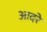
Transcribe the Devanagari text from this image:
आदरे